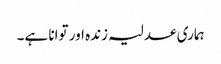
ہماری عدلیہ زندہ اور توانا ہے۔